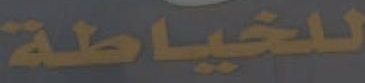
للخياطة